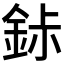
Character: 𬫐